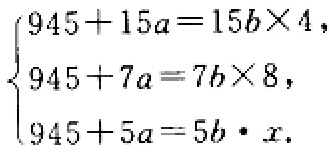
\(\begin{cases}945 + 15a = 15b\times4,\\945 + 7a = 7b\times8,\\945 + 5a = 5b\cdot x.\end{cases}\)